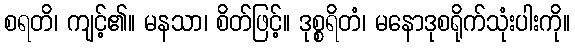
စရတိ၊ ကျင့်၏။ မနသာ၊ စိတ်ဖြင့်။ ဒုစ္စရိတံ၊ မနောဒုစရိုက်သုံးပါးကို။